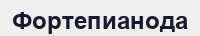
Фортепианода